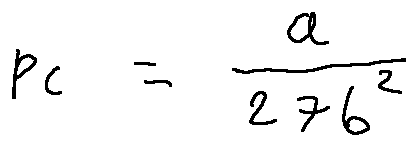
p _ { c } = \frac { a } { 2 7 b ^ { 2 } }